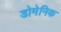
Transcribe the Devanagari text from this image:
डोमेनिक